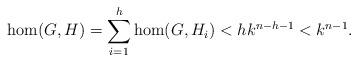
LaTeX: \begin{align*}\hom(G,H)=\sum_{i=1}^{h}\hom(G,H_i)<hk^{n-h-1}<k^{n-1}.\end{align*}